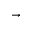
\rightarrow